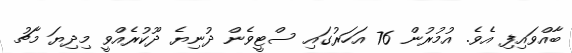
ބާއްވައިިފި އެވެ. އުމުރުން 76 އަހަރުގައި ސްޓީވެން ދުނިޔެ ދޫކުރެއްވީ މިދިޔަ މާޗު